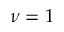
\nu = 1